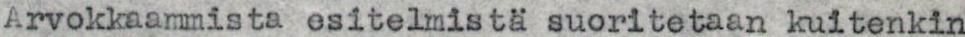
Arvokkaammista esitelmistä suoritetaan kuitenkin